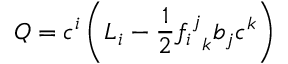
Q = c ^ { i } \left( L _ { i } - { \frac { 1 } { 2 } } { { f _ { i } } ^ { j } } _ { k } b _ { j } c ^ { k } \right)